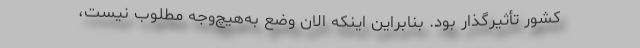
کشور تأثیرگذار بود. بنابراین اینکه الان وضع به‌هیچ‌وجه مطلوب نیست،